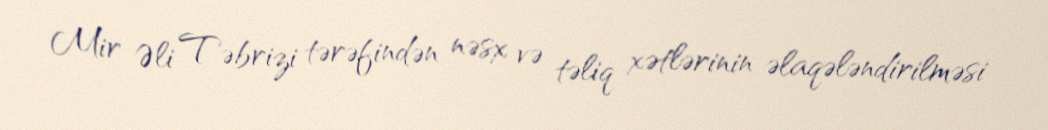
Mir Əli Təbrizi tərəfindən nəsx və təliq xətlərinin əlaqələndirilməsi